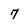
Character: 7